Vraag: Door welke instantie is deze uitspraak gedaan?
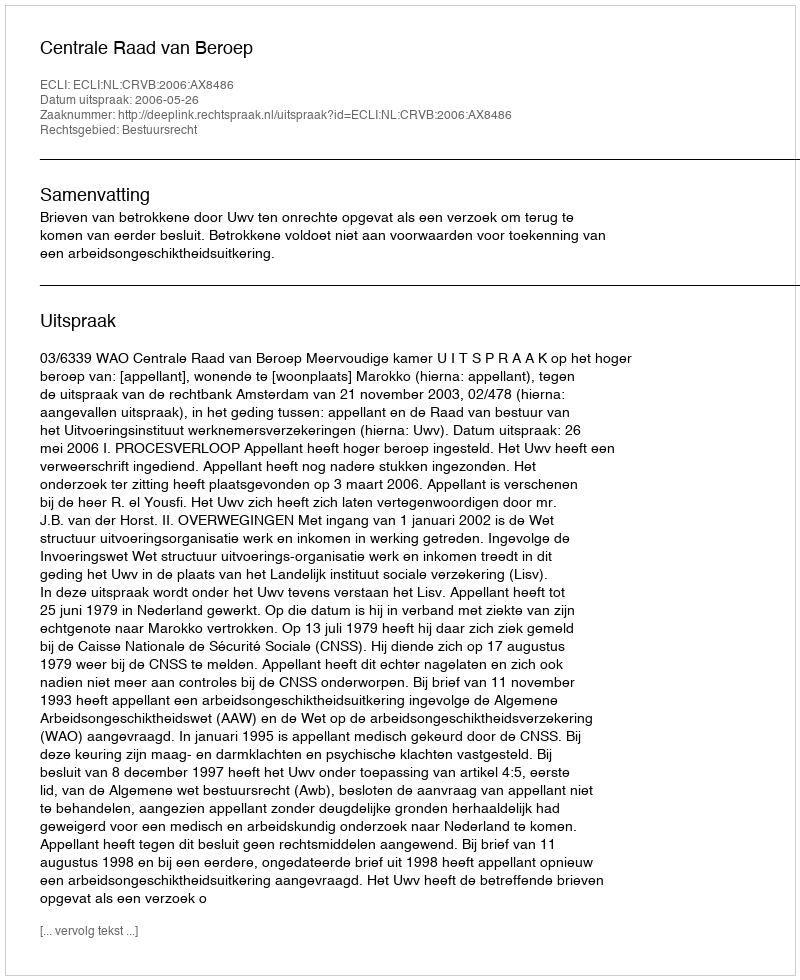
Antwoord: Centrale Raad van Beroep